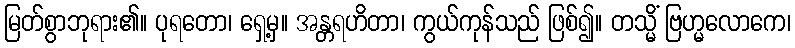
မြတ်စွာဘုရား၏။ ပုရတော၊ ရှေ့မှ။ အန္တရဟိတာ၊ ကွယ်ကုန်သည် ဖြစ်၍။ တသ္မိံ ဗြဟ္မလောကေ၊